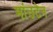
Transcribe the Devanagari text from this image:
मांउटेन